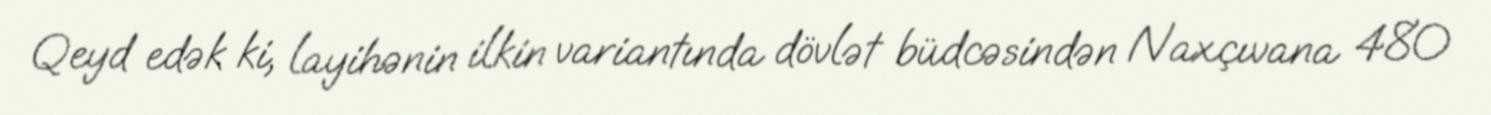
Qeyd edək ki, layihənin ilkin variantında dövlət büdcəsindən Naxçıvana 480